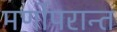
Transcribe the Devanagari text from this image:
मर्णोपरान्त